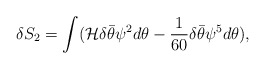
\begin{align*}\delta S_2 = \int ({\cal H} \delta \bar\theta \psi^2 d\theta - {1\over 60}\delta \bar\theta \psi^5 d\theta),\end{align*}